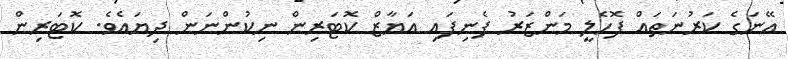
އޭނަގެ ކަރުނަތައް ފޮހެލީ މަންޒަރު ފެނިފައި އަޔާޒް ކޮޓަރިން ނިކުންނަން ދިޔައެވެ. ކޮޓަރިން